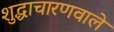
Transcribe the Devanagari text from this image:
शुद्धाचारणवाले